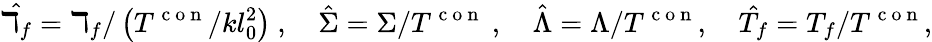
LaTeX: \hat{\daleth_{f}}=\daleth_{f}/\left(T^{\mathrm{~c~o~n~}}/kl_{0}^{2}\right)~,~~~~\hat{\Sigma}=\Sigma/T^{\mathrm{~c~o~n~}}~,~~~~\hat{\Lambda}=\Lambda/T^{\mathrm{~c~o~n~}},~~~~\hat{T_{f}}=T_{f}/T^{\mathrm{~c~o~n~}},